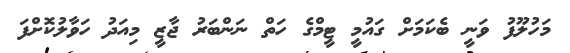
މަހުލޫފު ވަނީ ބެކަމަށް ގައުމީ ޓީމްގެ ހަތް ނަންބަރު ޖާޒީ މިއަދު ހަވާލުކޮށްފަ